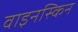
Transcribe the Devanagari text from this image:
वाइनस्किन